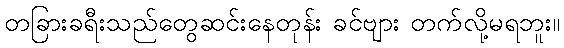
တခြားခရီးသည်တွေဆင်းနေတုန်း ခင်ဗျား တက်လို့မရဘူး။